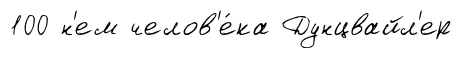
100 н'ем челов'е́ка Дунцвайл'ер